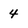
Character: 4